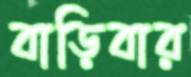
বাড়িবার